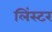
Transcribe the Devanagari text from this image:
लिंस्टर